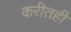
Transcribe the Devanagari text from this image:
करीतही